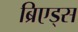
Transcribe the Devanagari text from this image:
ब्रिएड्स